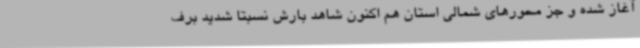
آغاز شده و جز محورهای شمالی استان هم اکنون شاهد بارش نسبتا شدید برف